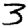
Digit: 3